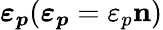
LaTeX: \boldsymbol{\varepsilon_{p}}(\boldsymbol{\varepsilon_{p}}=\varepsilon_{p}\mathbf{n})